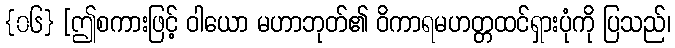
{၀၆} [ဤစကားဖြင့် ဝါယော မဟာဘုတ်၏ ဝိကာရမဟတ္တထင်ရှားပုံကို ပြသည်၊